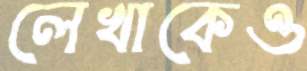
লেখাকেও